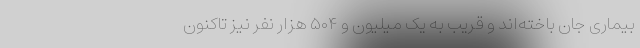
بیماری جان باخته‌اند و قریب به یک میلیون و ۵۰۴ هزار نفر نیز تاکنون